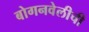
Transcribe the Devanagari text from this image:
बोगनवेलीची